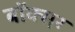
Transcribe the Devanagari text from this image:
बॉक्स़र